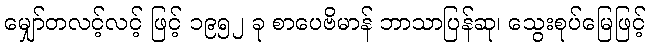
မျှော်တလင့်လင့် ဖြင့် ၁၉၅၂ ခု စာပေဗိမာန် ဘာသာပြန်ဆု၊ သွေးစုပ်မြေဖြင့်